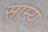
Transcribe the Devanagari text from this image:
साम्य।